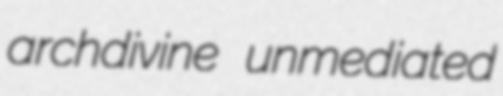
archdivine unmediated